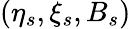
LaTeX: (\eta_{s},\xi_{s},B_{s})